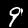
Digit: 9